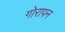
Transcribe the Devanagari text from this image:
गोरापन